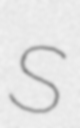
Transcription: S